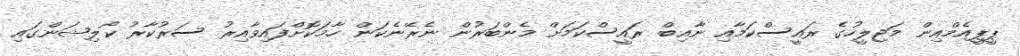
ޕީޕީއެމްއިން މަޖިލީހުގެ ރައީސްކަމާއި ނާއިބް ރައީސްކަމަށް މެންބަރުން ނެރޭނެކަން ހާމަކޮށްފައިވާއިރު ސަރުކާރު ކޯލިޝަންގައި